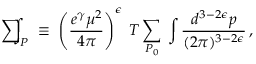
\mathrm { ~ \sum ~ } \! \! \! \! \! \! \int _ { P } \; \equiv \; \left( \frac { e ^ { \gamma } \mu ^ { 2 } } { 4 \pi } \right) ^ { \epsilon } \; T \sum _ { P _ { 0 } } \: \int { \frac { d ^ { 3 - 2 \epsilon } p } { ( 2 \pi ) ^ { 3 - 2 \epsilon } } } \, ,